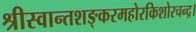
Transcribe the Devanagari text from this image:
श्रीस्वान्तशङ्करमहोरकिशोरचन्द्र।